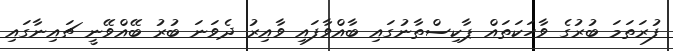
ފުރަތަމަ ބުރުގެ ވާހަކަތައް ޕާކިސްތާނުގައި ބާއްވާފައި ވާއިރު ދެވަނަ ބުރު ބޭއްވޭނީ ޗައިނާގައި